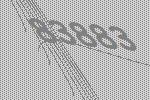
83883